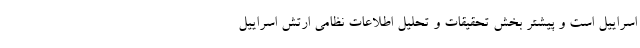
اسراییل است و پیشتر بخش تحقیقات و تحلیل اطلاعات نظامی ارتش اسراییل